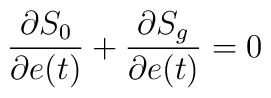
\frac{\partial S_{0}}{\partial e(t)} + \frac{\partial S_{g}}{\partial e(t)}= 0